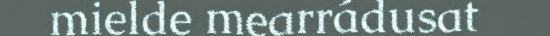
mielde mearrádusat